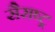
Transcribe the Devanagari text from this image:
सैराष्ट्र